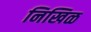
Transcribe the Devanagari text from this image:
निखिळ